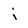
Character: j